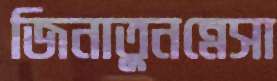
জিনাতুনন্নেসা